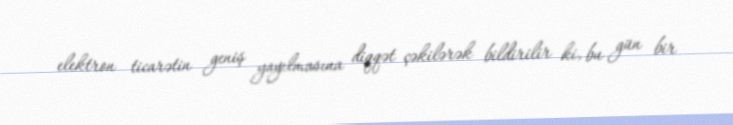
elektron ticarətin geniş yayılmasına diqqət çəkilərək bildirilir ki, bu gün bir